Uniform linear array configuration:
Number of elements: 8
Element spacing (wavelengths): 0.25
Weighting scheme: cosine
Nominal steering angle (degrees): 15
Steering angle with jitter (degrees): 13.806
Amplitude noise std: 0.05
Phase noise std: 0.05

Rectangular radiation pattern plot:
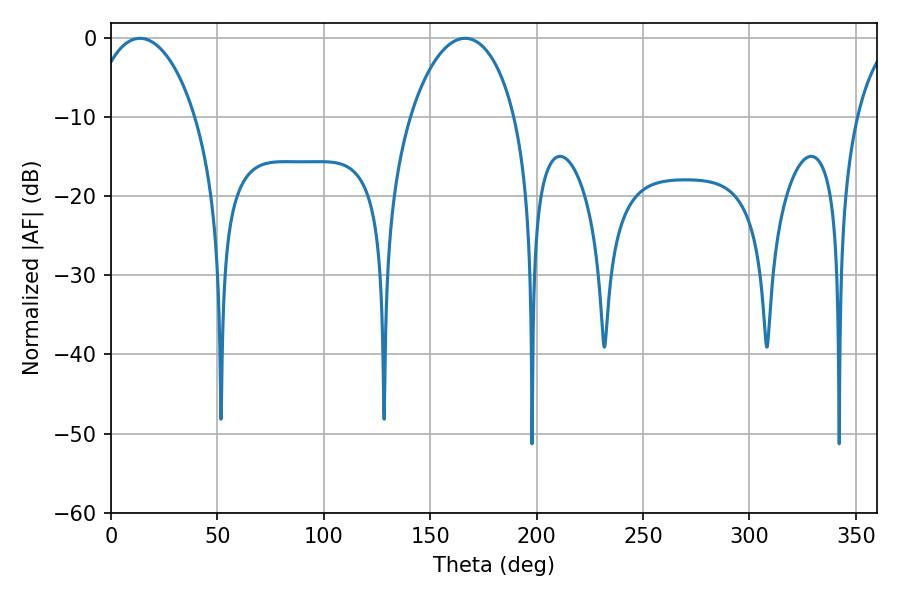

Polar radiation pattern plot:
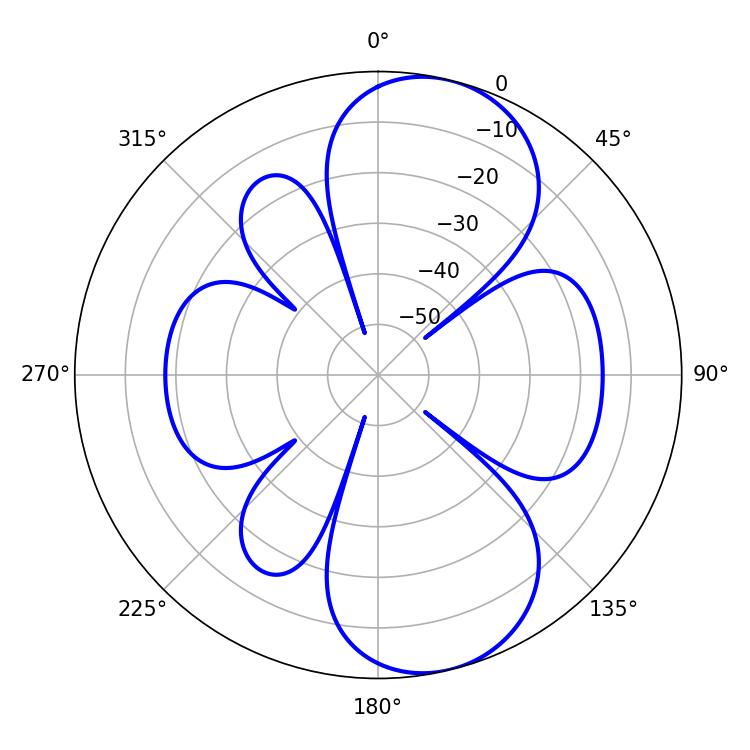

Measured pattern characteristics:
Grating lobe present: FALSE
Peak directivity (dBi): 8.989
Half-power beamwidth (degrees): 28.08
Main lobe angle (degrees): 13.68